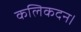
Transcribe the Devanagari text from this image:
कलिकदन।